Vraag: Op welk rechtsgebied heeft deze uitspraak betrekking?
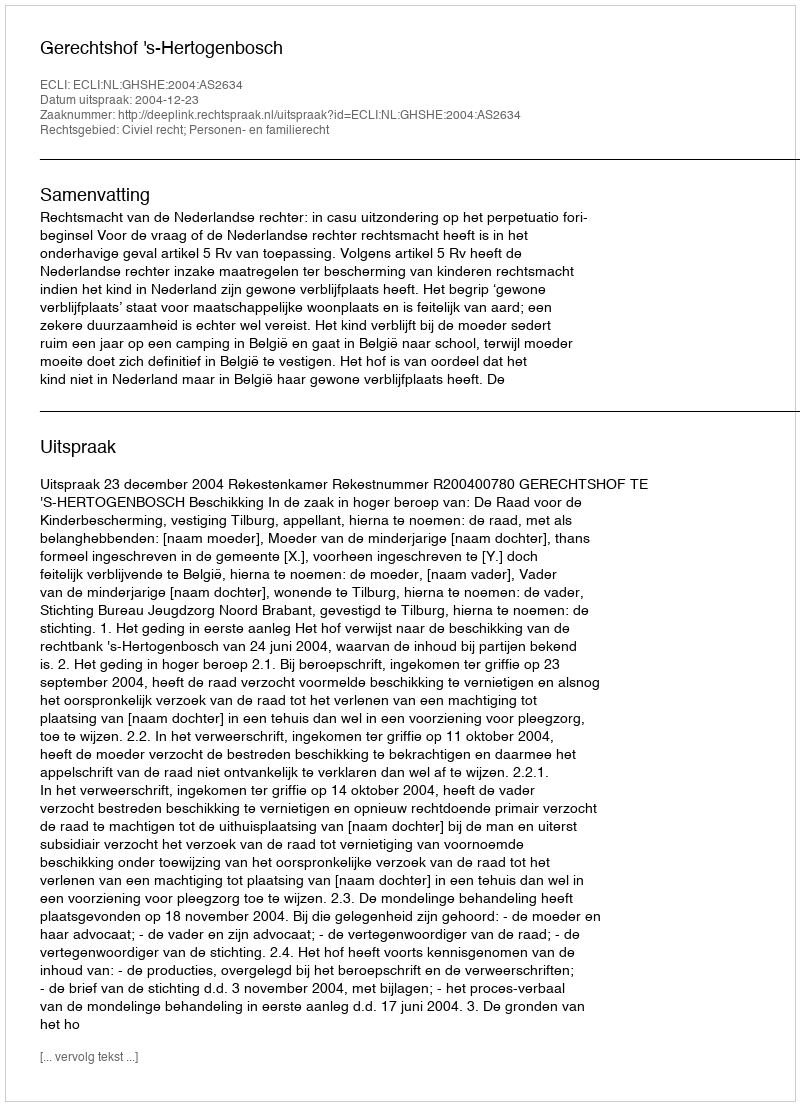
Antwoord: Civiel recht; Personen- en familierecht